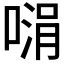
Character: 𪡵